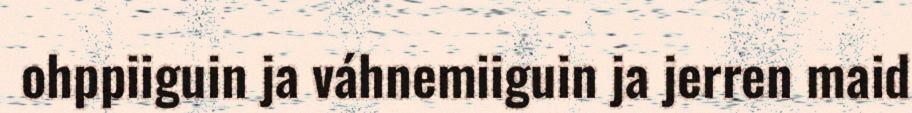
ohppiiguin ja váhnemiiguin ja jerren maid